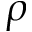
\rho